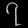
Digit: ၇